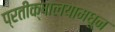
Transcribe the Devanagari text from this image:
प्रतीक्षालयामधून